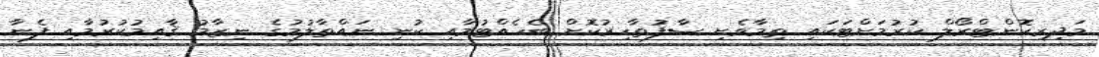
މަދިރިކޮންޓްރޯލް ކުރުމަށްޓަކައި ތިމާވެށި ސާފުތާހިރުކޮށް ބެހެއްޓުމާއި ކުނި ނައްތާލުމުގެ ނިޒާމު ޤާއިމުކުރުމާއި ފެނާ